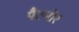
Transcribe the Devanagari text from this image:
पैटमोर